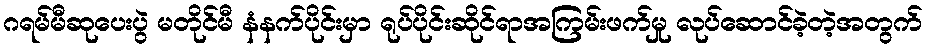
ဂရမ်မီဆုပေးပွဲ မတိုင်မီ နံနက်ပိုင်းမှာ ရုပ်ပိုင်းဆိုင်ရာအကြမ်းဖက်မှု လုပ်ဆောင်ခဲ့တဲ့အတွက်